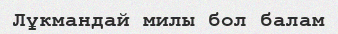
Лұкмандай милы бол балам